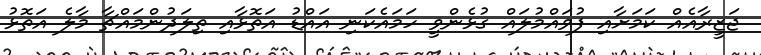
ޖަޒީރާއެއް ކަމަށާއި ފުވައްމުލައް ގުޅެންވީ ހަމައެކަނި އައްޑު އަތޮޅާއި ތިލަދުންމައްޗާ މާލެ އަތޮޅު